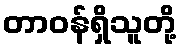
တာဝန်ရှိသူတို့